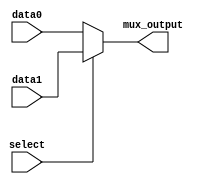
module mux_2x1 (
    input wire data0,
    input wire data1,
    input wire select,
    output wire mux_output
);

assign mux_output = (select == 1'b0) ? data0 : data1;

endmodule
module mux_4x1_using_2x1 (
    input wire [3:0] data_inputs,
    input wire [1:0] select,
    output wire mux_output
);

wire [1:0] intermediate_select;

mux_2x1 mux0 (.data0(data_inputs[0]), .data1(data_inputs[1]), .select(select[0]), .mux_output(mux_output[0]));
mux_2x1 mux1 (.data0(data_inputs[2]), .data1(data_inputs[3]), .select(select[0]), .mux_output(mux_output[1]));

mux_2x1 final_mux (.data0(mux_output[0]), .data1(mux_output[1]), .select(select[1]), .mux_output(mux_output));

endmodule